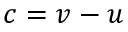
c = v - u